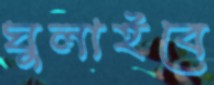
ঘুলাইবে